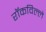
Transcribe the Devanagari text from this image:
रॉकविल्ले